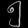
Digit: ၅